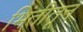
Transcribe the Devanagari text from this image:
भिंतीतून